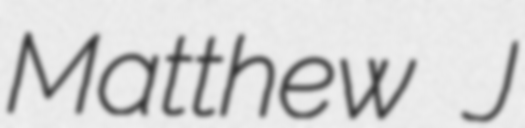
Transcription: Matthew J